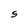
Character: 5